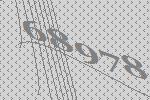
68978